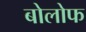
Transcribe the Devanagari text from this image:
बोलोफ